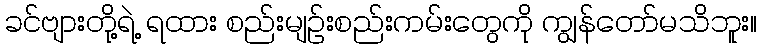
ခင်ဗျားတို့ရဲ့ ရထား စည်းမျဉ်းစည်းကမ်းတွေကို ကျွန်တော်မသိဘူး။